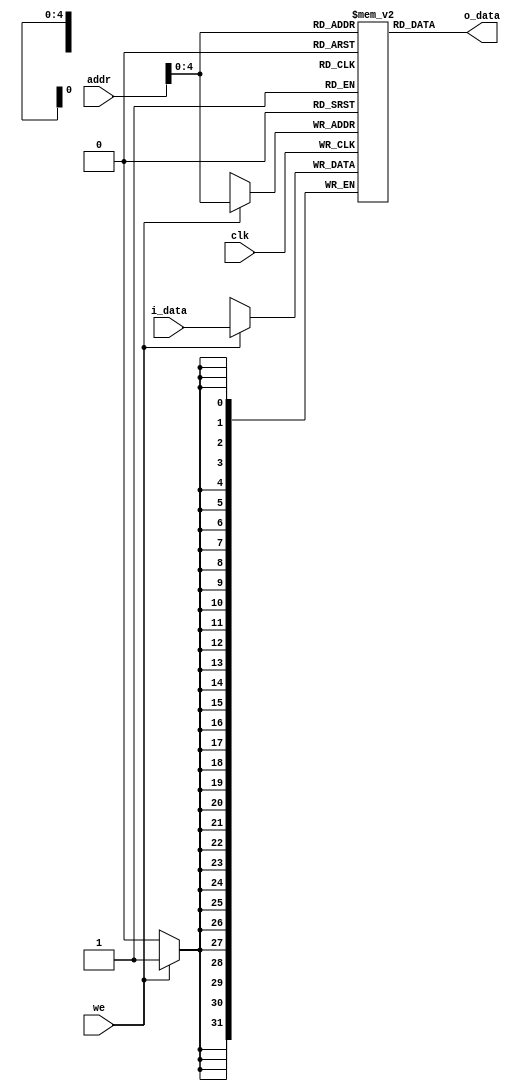
`timescale 1ns / 1ps
//////////////////////////////////////////////////////////////////////////////////
// Company: 
// Engineer: 
// 
// Design Name: 
// Module Name: DataMem
// Project Name: 
// Target Devices: 
// Tool Versions: 
// Description: 
// 
// Dependencies: 
// 
// Revision:
// Revision 0.01 - File Created
// Additional Comments:
// 
//////////////////////////////////////////////////////////////////////////////////


module DataMem(
    input wire clk, we,
    input wire [31:0] i_data,
    input wire [31:0] addr,
    output wire [31:0] o_data
    );
    
    reg [31:0] ram [0:31];

    always @(posedge clk)
    begin
        if(we)
            ram[addr[4:0]] = i_data;
    end
    
    integer i;
    initial
    begin
        for(i=0;i<32;i=i+1)
            ram[i] = 0;
    end
    
    assign o_data = ram[addr[4:0]];
endmodule